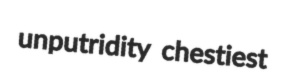
unputridity chestiest